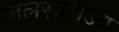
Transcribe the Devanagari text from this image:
जलस्वराज्य